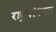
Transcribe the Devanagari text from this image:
राष्ट्रपरिवार